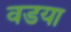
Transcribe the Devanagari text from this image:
वडया